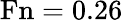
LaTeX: \mathrm{Fn}=0.26